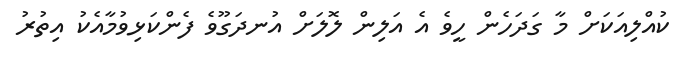
ކުއްލިއަކަށް މާ ގަދަހެން ހީވެ އެ އަލިން ލޮލަށް އުނދަގޫވެ ފެންކަޅިވުމާއެކު އިތުރު